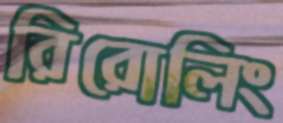
রিরোলিং